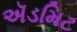
ઍડમિટ